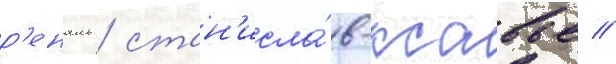
р'еналь / стан'исла́в-ксавье //